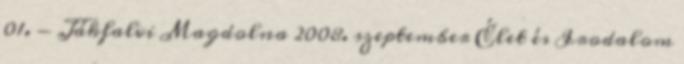
01. - Jákfalvi Magdolna 2008. szeptember Élet és Irodalom